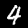
Digit: 4